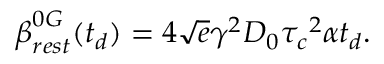
\boldsymbol { \beta } _ { r e s t } ^ { 0 G } ( t _ { d } ) = 4 \sqrt { e } \gamma ^ { 2 } D _ { 0 } \boldsymbol { \tau _ { c } } ^ { 2 } \alpha t _ { d } .